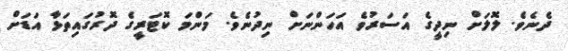
ދެނެވެ. ލޮލަށް ނިދީގެ އަސަރުވެ އަހަންނަށް ނިދުނެވެ. މަންމަ ކޮޓަރީގެ ދޮރުގައިތަޅާ އަޑަށް